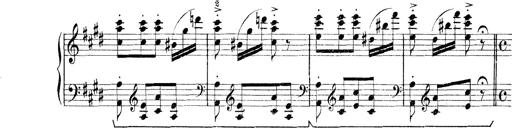
Title: Rapsodie: 19 ungheresi, 1 spagnuola
Composer: Franz Liszt